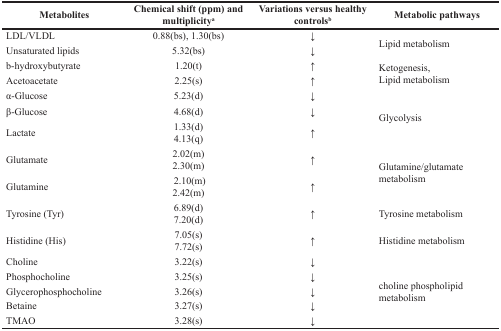
<table><thead><tr><td><b>Metabolites</b></td><td><b>Chemical shift (ppm) and multiplicity<sup>a</sup></b></td><td><b>Variations versus healthy controls<sup>b</sup></b></td><td><b>Metabolic pathways</b></td></tr></thead><tbody><tr><td>LDL/VLDL</td><td>0.88(bs), 1.30(bs)</td><td>↓</td><td rowspan="2">Lipid metabolism</td></tr><tr><td>Unsaturated lipids</td><td>5.32(bs)</td><td>↓</td></tr><tr><td>β-hydroxybutyrate</td><td>1.20(t)</td><td>↑</td><td rowspan="2">Ketogenesis,Lipid metabolism</td></tr><tr><td>Acetoacetate</td><td>2.25(s)</td><td>↑</td></tr><tr><td>α-Glucose</td><td>5.23(d)</td><td>↓</td><td rowspan="3">Glycolysis</td></tr><tr><td>β-Glucose</td><td>4.68(d)</td><td>↓</td></tr><tr><td>Lactate</td><td>1.33(d) 4.13(q)</td><td>↑</td></tr><tr><td>Glutamate</td><td>2.02(m) 2.30(m)</td><td>↑</td><td rowspan="2">Glutamine/glutamate metabolism</td></tr><tr><td>Glutamine</td><td>2.10(m) 2.42(m)</td><td>↑</td></tr><tr><td>Tyrosine (Tyr)</td><td>6.89(d) 7.20(d)</td><td>↑</td><td>Tyrosine metabolism</td></tr><tr><td>Histidine (His)</td><td>7.05(s) 7.72(s)</td><td>↑</td><td>Histidine metabolism</td></tr><tr><td>Choline</td><td>3.22(s)</td><td>↓</td><td rowspan="5">choline phospholipid metabolism</td></tr><tr><td>Phosphocholine</td><td>3.25(s)</td><td>↓</td></tr><tr><td>Glycerophosphocholine</td><td>3.26(s)</td><td>↓</td></tr><tr><td>Betaine</td><td>3.27(s)</td><td>↓</td></tr><tr><td>TMAO</td><td>3.28(s)</td><td>↓</td></tr></tbody></table>